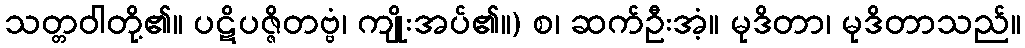
သတ္တဝါတို့၏။ ပဋိပဇ္ဇိတဗ္ဗံ၊ ကျိုးအပ်၏။) စ၊ ဆက်ဦးအံ့။ မုဒိတာ၊ မုဒိတာသည်။